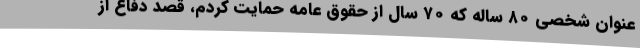
عنوان شخصی ۸۰ ساله که ۷۰ سال از حقوق عامه حمایت کردم، قصد دفاع از